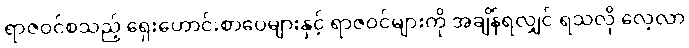
ရာဇဝင်စသည့် ရှေးဟောင်းစာပေများနှင့် ရာဇဝင်များကို အချိန်ရလျှင် ရသလို လေ့လာ